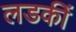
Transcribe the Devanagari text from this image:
लडकीं